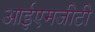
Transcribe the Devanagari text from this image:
आईएमजीटी